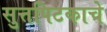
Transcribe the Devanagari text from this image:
सुत्तपिटकाचे